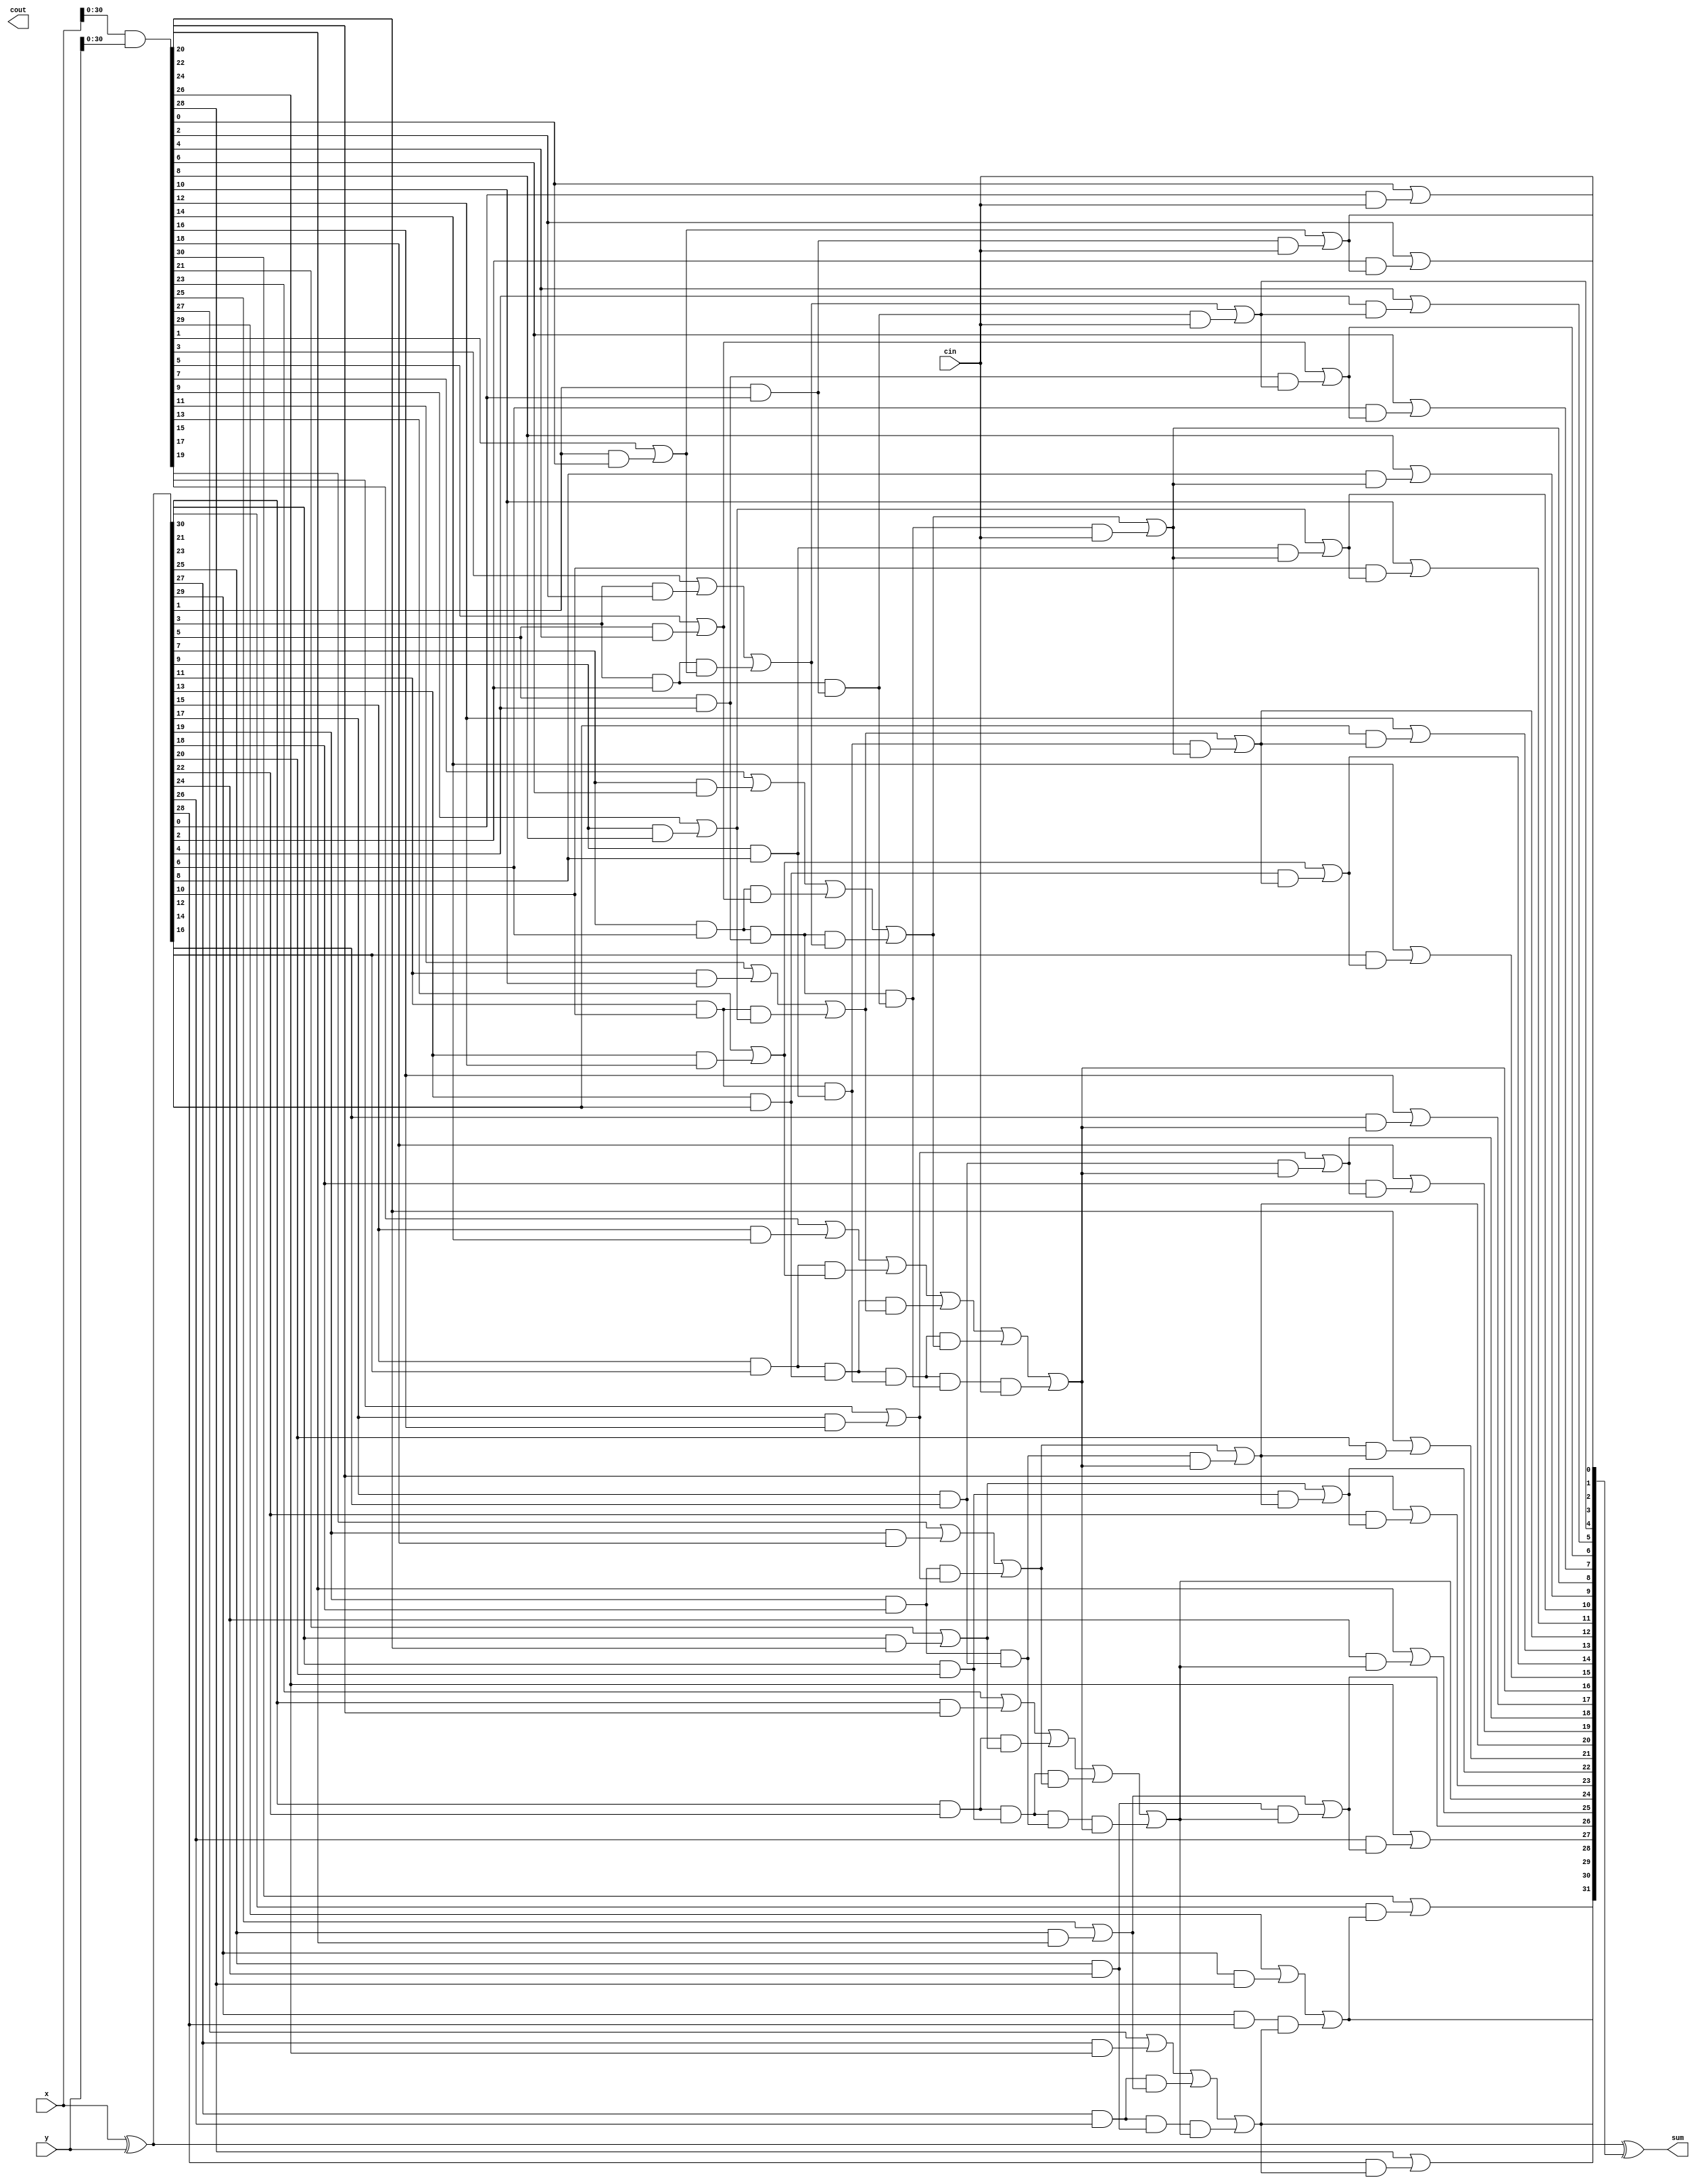
module BK_adder32bit (
	input [31:0]x, y,
	input cin,
	output [31:0] sum,
	output cout);
	
	wire [32:0] carry;
	assign carry[0] = cin; //input carry
	
	wire [31:0] G_1, P_1;
	assign G_1 = x & y;
	assign P_1 = x ^ y;
	
	//level1
	genvar i;
	wire [15:0] G_2, P_2;
	generate
		for(i=0;i<16;i=i+1) begin
			assign G_2[i] = G_1[2*i+1] | P_1[2*i+1] & G_1[2*i];
			assign P_2[i] = P_1[2*i+1] & P_1[2*i];
		end
	endgenerate
	
	//level2
	genvar j;
	wire [7:0] G_3, P_3;
	generate
		for(j=0;j<8;j=j+1) begin
			assign G_3[j] = G_2[2*j+1] | P_2[2*j+1] & G_2[2*j];
			assign P_3[j] = P_2[2*j+1] & P_2[2*j];
		end
	endgenerate
	
	//level3
	genvar k;
	wire [3:0] G_4, P_4;
	generate
		for(k=0;k<4;k=k+1) begin
			assign G_4[k] = G_3[2*k+1] | P_3[2*k+1] & G_3[2*k];
			assign P_4[k] = P_3[2*k+1] & P_3[2*k];
		end
	endgenerate
	
	//level4
	genvar l;
	wire [1:0] G_5, P_5;
	generate
		for(l=0;l<2;l=l+1) begin
			assign G_5[l] = G_4[2*l+1] | P_4[2*l+1] & G_4[2*l];
			assign P_5[l] = P_4[2*l+1] & P_4[2*l];
		end
	endgenerate
	
	//level5
	wire G_6, P_6;
	assign G_6 = G_5[1] | P_5[1] & G_5[0];
	assign P_6 = P_5[1] & P_5[0];
	
	//carry generation
	//1st iteration
	assign carry[32] = G_6 | P_6 & carry[0];
	assign carry[16] = G_5[0] | P_5[0] & carry[0];
	
	//2nd iteration
	assign carry[8] = G_4[0] | P_4[0] & carry[0];
	assign carry[24] = G_4[2] | P_4[2] & carry[16];
	
	//3rd iteration
	assign carry[4] = G_3[0] | P_3[0] & carry[0];
	assign carry[12] = G_3[2] | P_3[2] & carry[8];
	assign carry[20] = G_3[4] | P_3[4] & carry[16];
	assign carry[28] = G_3[6] | P_3[6] & carry[24];
	
	//4th iteration
	assign carry[2] = G_2[0] | P_2[0] & carry[0];
	assign carry[6] = G_2[2] | P_2[2] & carry[4];
	assign carry[10] = G_2[4] | P_2[4] & carry[8];
	assign carry[14] = G_2[6] | P_2[6] & carry[12];
	assign carry[18] = G_2[8] | P_2[8] & carry[16];
	assign carry[22] = G_2[10] | P_2[10] & carry[20];
	assign carry[26] = G_2[12] | P_2[12] & carry[24];
	assign carry[30] = G_2[14] | P_2[14] & carry[28];
	
	//5th iteration
	assign carry[1] = G_1[0] | P_1[0] & carry[0];
	assign carry[3] = G_1[2] | P_1[2] & carry[2];
	assign carry[5] = G_1[4] | P_1[4] & carry[4];
	assign carry[7] = G_1[6] | P_1[6] & carry[6];
	assign carry[9] = G_1[8] | P_1[8] & carry[8];
	assign carry[11] = G_1[10] | P_1[10] & carry[10];
	assign carry[13] = G_1[12] | P_1[12] & carry[12];
	assign carry[15] = G_1[14] | P_1[14] & carry[14];
	assign carry[17] = G_1[16] | P_1[16] & carry[16];
	assign carry[19] = G_1[18] | P_1[18] & carry[18];
	assign carry[21] = G_1[20] | P_1[20] & carry[20];
	assign carry[23] = G_1[22] | P_1[22] & carry[22];
	assign carry[25] = G_1[24] | P_1[24] & carry[24];
	assign carry[27] = G_1[26] | P_1[26] & carry[26];
	assign carry[29] = G_1[28] | P_1[28] & carry[28];
	assign carry[31] = G_1[30] | P_1[30] & carry[30];
	
	assign sum = P_1 ^ carry[31:0];
	
endmodule